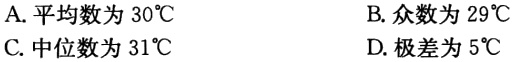
A. 平均数为 \(30^{\circ}C\)
B. 众数为 \(29^{\circ}C\)
C. 中位数为 \(31^{\circ}C\)
D. 极差为 \(5^{\circ}C\)